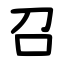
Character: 召